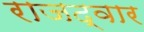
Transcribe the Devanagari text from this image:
राजद्वार